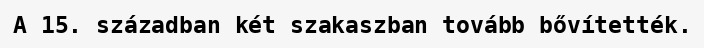
A 15. században két szakaszban tovább bővítették.